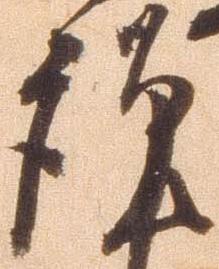
謹